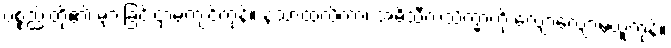
ပစ္စည်းတို့၏ များခြင်းငှာမကျင့်ကုန်။ နသာထလိကာ၊ အဓိသီလသိက္ခာကို လျော့လျော့မယူကုန်။